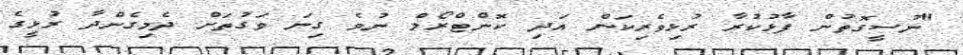
"ނުސީގޮތުން ފާޅުކުރާ ރުޅިވެރިކަން އަދި ކޮންޓްރޯލް ނުވެ ގިނަ ވަގުތަށް ދެމިގެންދާ ރުޅީގެ